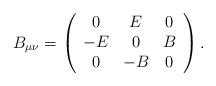
LaTeX: \begin{align*} B_{\mu\nu}=\left(\begin{array}{ccc}0&E&0 \\-E&0&B\\0&-B&0\end{array}\right).\end{align*}